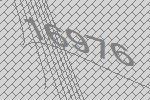
16976